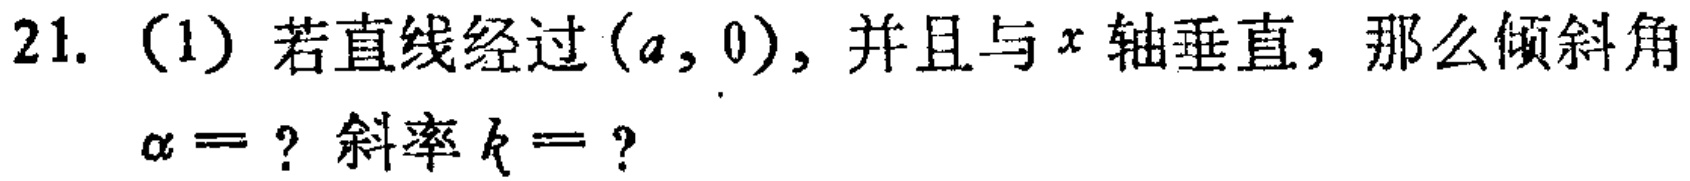
21. (1) 若直线经过\((a,0)\)，并且与\(x\)轴垂直，那么倾斜角\(\alpha = \)？斜率\(k = \)？